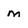
Character: m